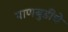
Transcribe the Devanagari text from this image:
पाणबुडींचे